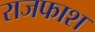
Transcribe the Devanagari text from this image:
राजफाश